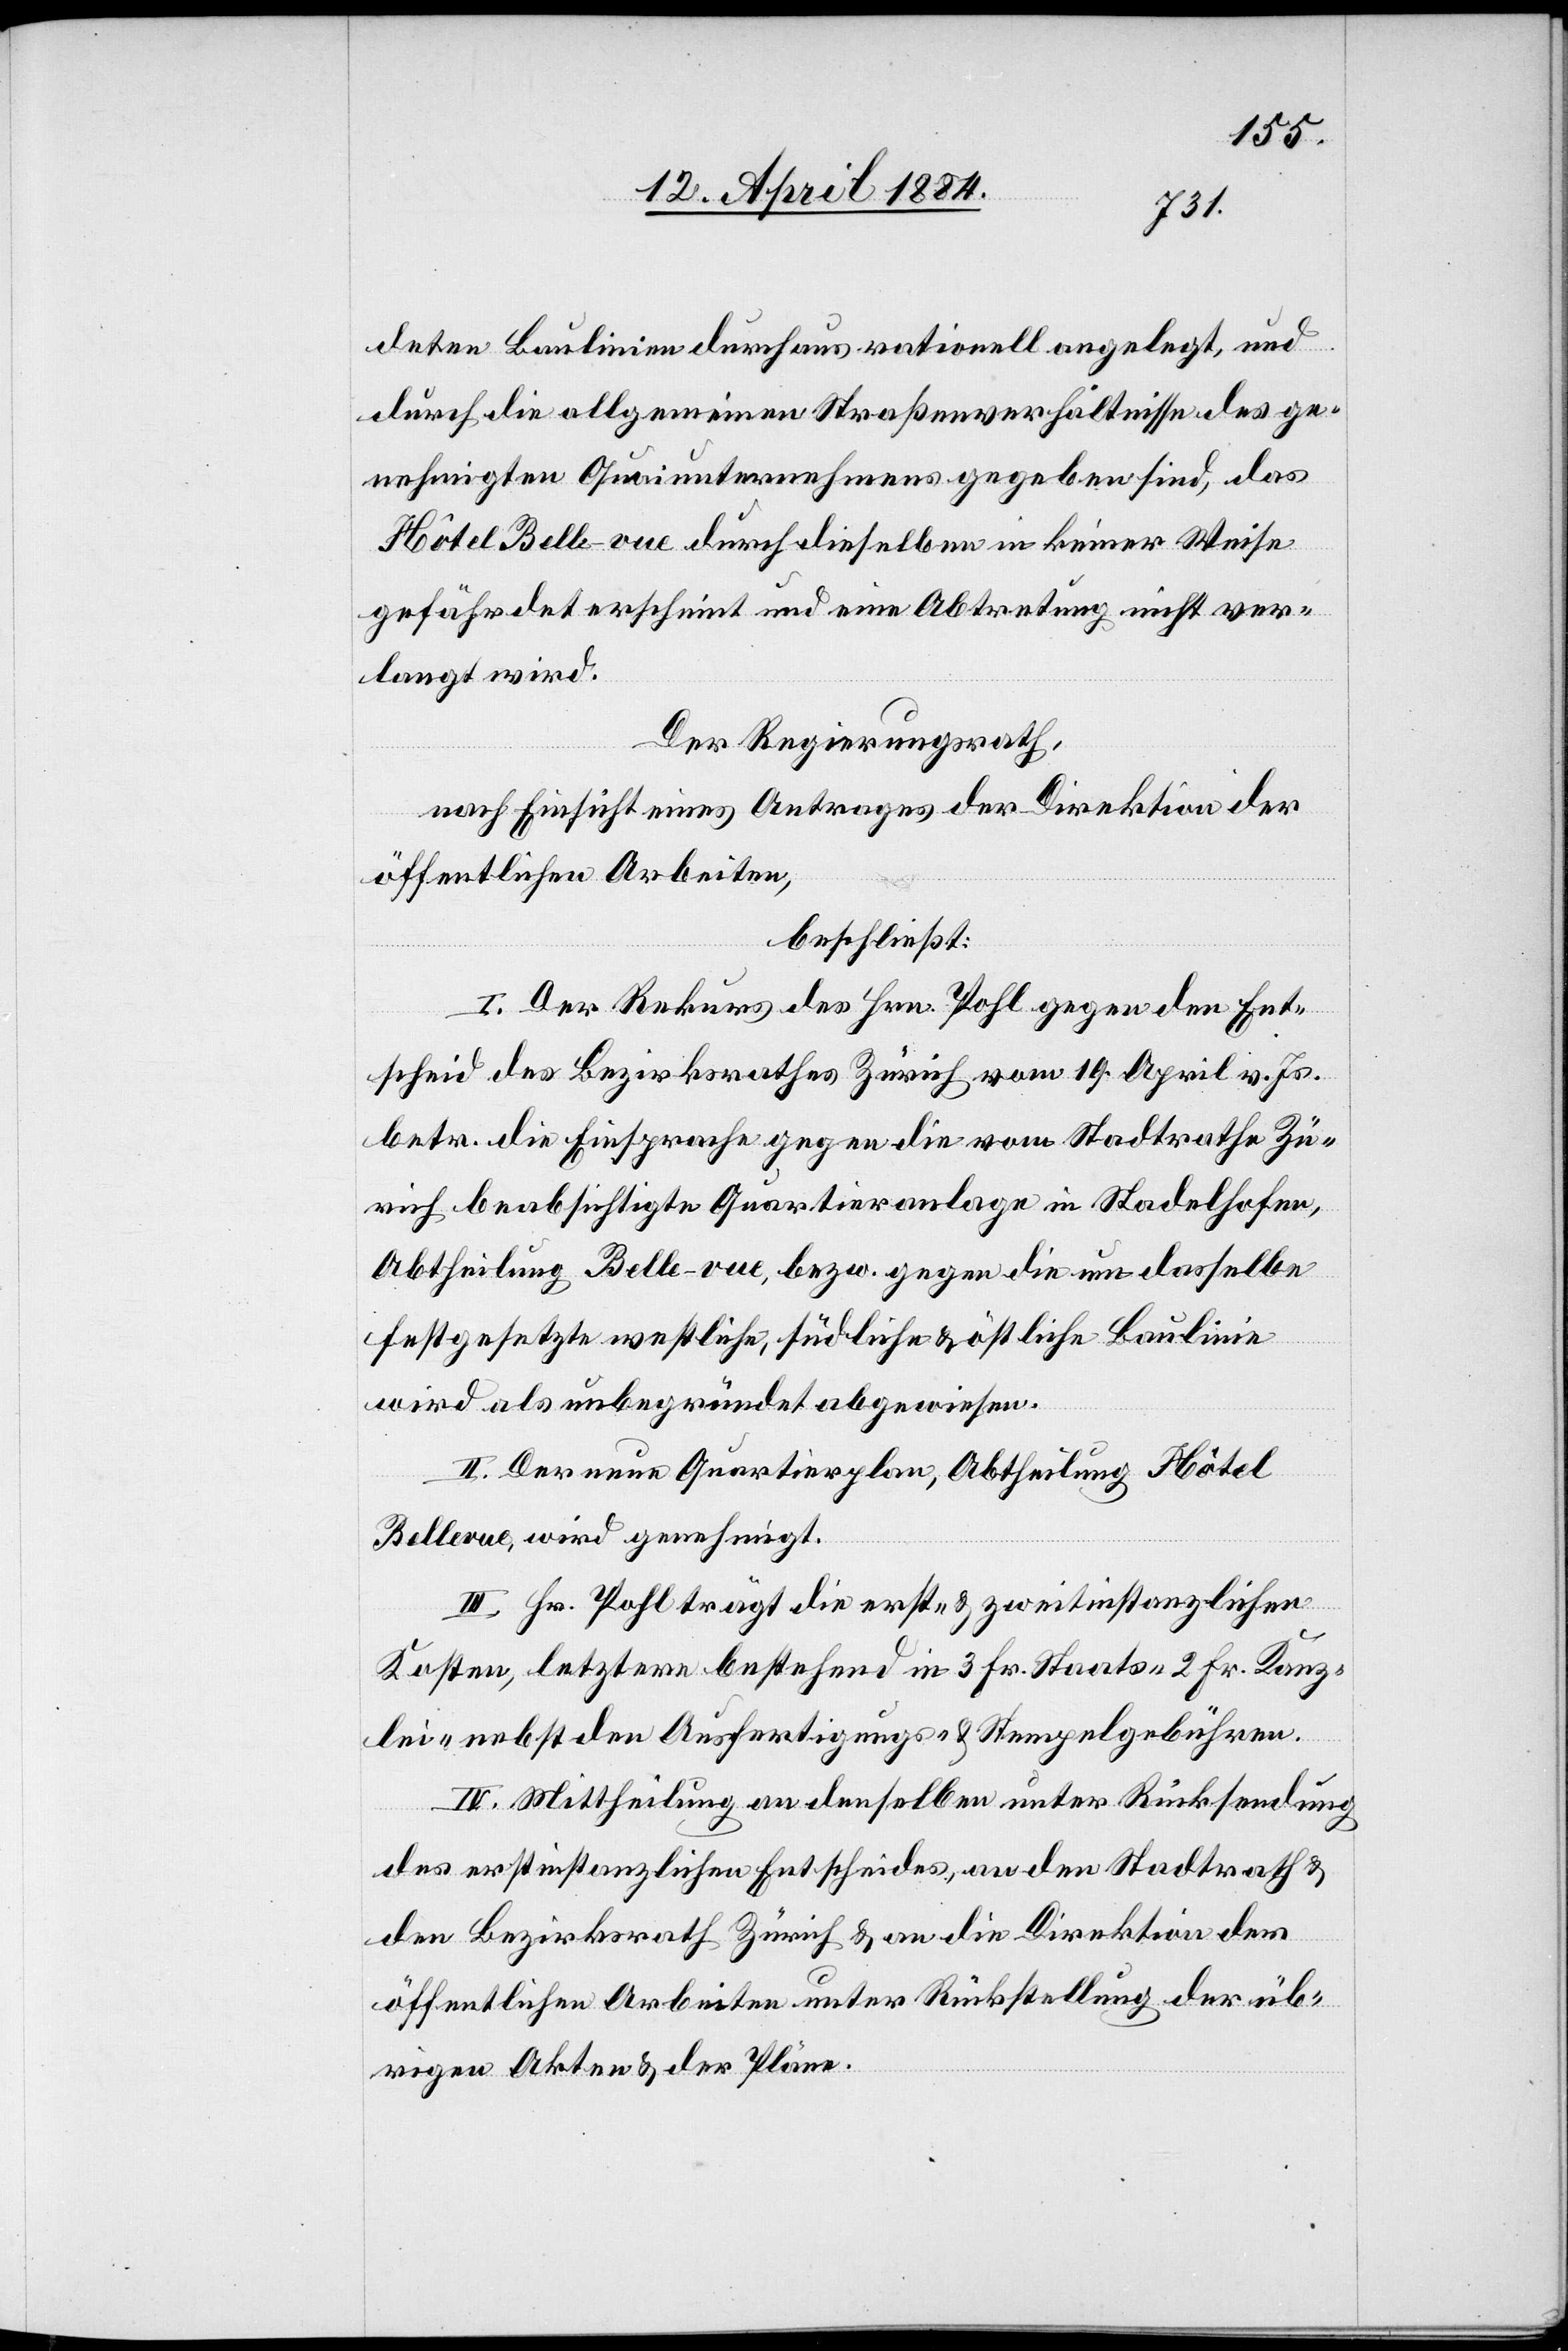
deten Baulinien durchaus rationell angelegt, und
durch die allgemeinen Straßenverhältnisse des ge¬
nehmigten Quaiunternehmens gegeben sind, das
Hôtel Belle-vue durch dieselben in keiner Weise
gefährdet erscheint und eine Abtretung nicht ver¬
langt wird.
Der Regierungsrath,
nach Einsicht eines Antrages der Direktion der
öffentlichen Arbeiten,
beschließt:
I. Der Rekurs des Hrn. Pohl gegen den Ent¬
scheid des Bezirksrathes Zürich vom 19. April v. Js.
betr. die Einsprache gegen die vom Stadtrathe Zü¬
rich beabsichtigen Quartieranlage in Stadelhofen,
Abtheilung Belle-vue, bezw. gegen die um dasselbe
festgesetzte westliche, südliche & östliche Baulinie
wird als unbegründet abgewiesen.
II. Der neue Quartierplan, Abtheilung Hôtel
Bellvue, wird genehmigt.
III. Hr. Pohl trägt die erst- & zweitinstanzlichen
Kosten, letztere bestehend in 3 Fr. Staats-, 2 Fr. Kanz¬
lei nebst den Ausfertigungs- & Stempelgebühren.
IV. Mittheilung an denselben unter Rücksendung
des erstinstanzlichen Entscheides, an den Stadtrath &
den Bezirksrath Zürich & an die Direktion der
öffentlichen Arbeiten unter Rückstellung der üb¬
rigen Akten & der Pläne.